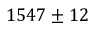
1 5 4 7 \pm 1 2